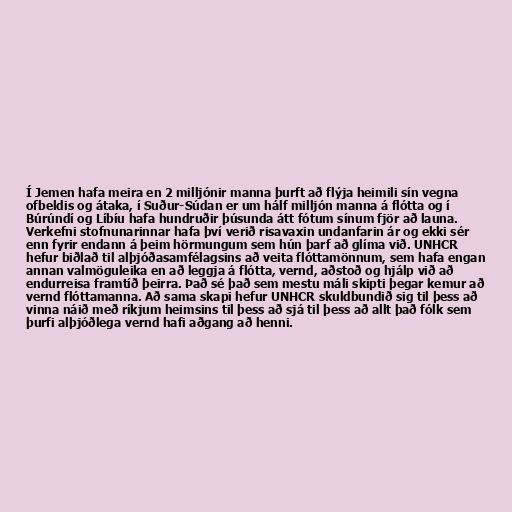
Í Jemen hafa meira en 2 milljónir manna þurft að flýja heimili sín vegna
ofbeldis og átaka, í Suður-Súdan er um hálf milljón manna á flótta og í
Búrúndí og Líbíu hafa hundruðir þúsunda átt fótum sínum fjör að launa.
Verkefni stofnunarinnar hafa því verið risavaxin undanfarin ár og ekki sér
enn fyrir endann á þeim hörmungum sem hún þarf að glíma við. UNHCR
hefur biðlað til alþjóðasamfélagsins að veita flóttamönnum, sem hafa engan
annan valmöguleika en að leggja á flótta, vernd, aðstoð og hjálp við að
endurreisa framtíð þeirra. Það sé það sem mestu máli skipti þegar kemur að
vernd flóttamanna. Að sama skapi hefur UNHCR skuldbundið sig til þess að
vinna náið með ríkjum heimsins til þess að sjá til þess að allt það fólk sem
þurfi alþjóðlega vernd hafi aðgang að henni.